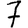
Digit: 7